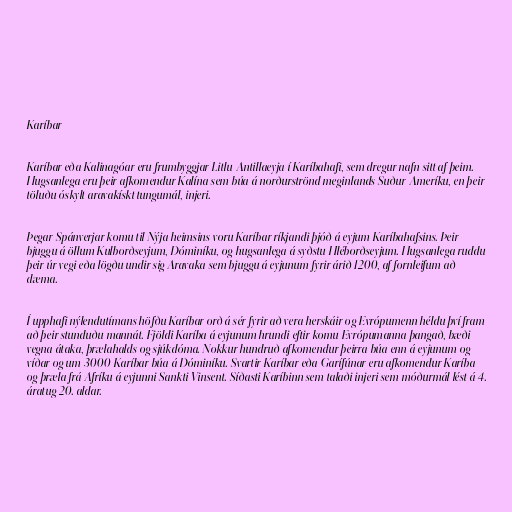
Karíbar

Karíbar eða Kalinagóar eru frumbyggjar Litlu-Antillaeyja í Karíbahafi, sem dregur nafn sitt af þeim.
Hugsanlega eru þeir afkomendur Kalína sem búa á norðurströnd meginlands Suður-Ameríku, en þeir
töluðu óskylt aravakískt tungumál, injeri.

Þegar Spánverjar komu til Nýja heimsins voru Karíbar ríkjandi þjóð á eyjum Karíbahafsins. Þeir
bjuggu á öllum Kulborðseyjum, Dóminíku, og hugsanlega á syðstu Hléborðseyjum. Hugsanlega ruddu
þeir úr vegi eða lögðu undir sig Aravaka sem bjuggu á eyjunum fyrir árið 1200, af fornleifum að
dæma.

Í upphafi nýlendutímans höfðu Karíbar orð á sér fyrir að vera herskáir og Evrópumenn héldu því fram
að þeir stunduðu mannát. Fjöldi Karíba á eyjunum hrundi eftir komu Evrópumanna þangað, bæði
vegna átaka, þrælahalds og sjúkdóma. Nokkur hundruð afkomendur þeirra búa enn á eyjunum og
víðar og um 3000 Karíbar búa á Dóminíku. Svartir Karíbar eða Garífúnar eru afkomendur Karíba
og þræla frá Afríku á eyjunni Sankti Vinsent. Síðasti Karíbinn sem talaði injeri sem móðurmál lést á 4.
áratug 20. aldar.